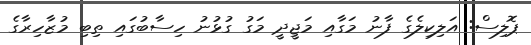
ޕޮލިސް: އަލިކިލެގެ ފާނު މަގާއި މަޖީދީ މަގު ގުޅުނު ހިސާބުގައި ތިބި މުޒާހިރާގެ